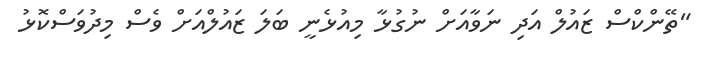
"ތޭންކްސް ޒައުލް އަދި ނަވާއަށް ނުގުޅާ މިއުޅެނީ ބަލަ ޒައުލްއަށް ވެސް މިދުވަސްކޮޅު